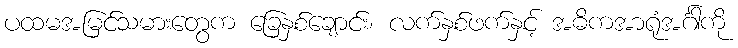
ပထမအမြင်သမားတွေက ခြေနှစ်ချောင်း၊ လက်နှစ်ဖက်နှင့် အဓိကအာရုံအင်္ဂါကို